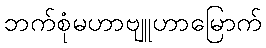
ဘက်စုံမဟာဗျူဟာမြောက်